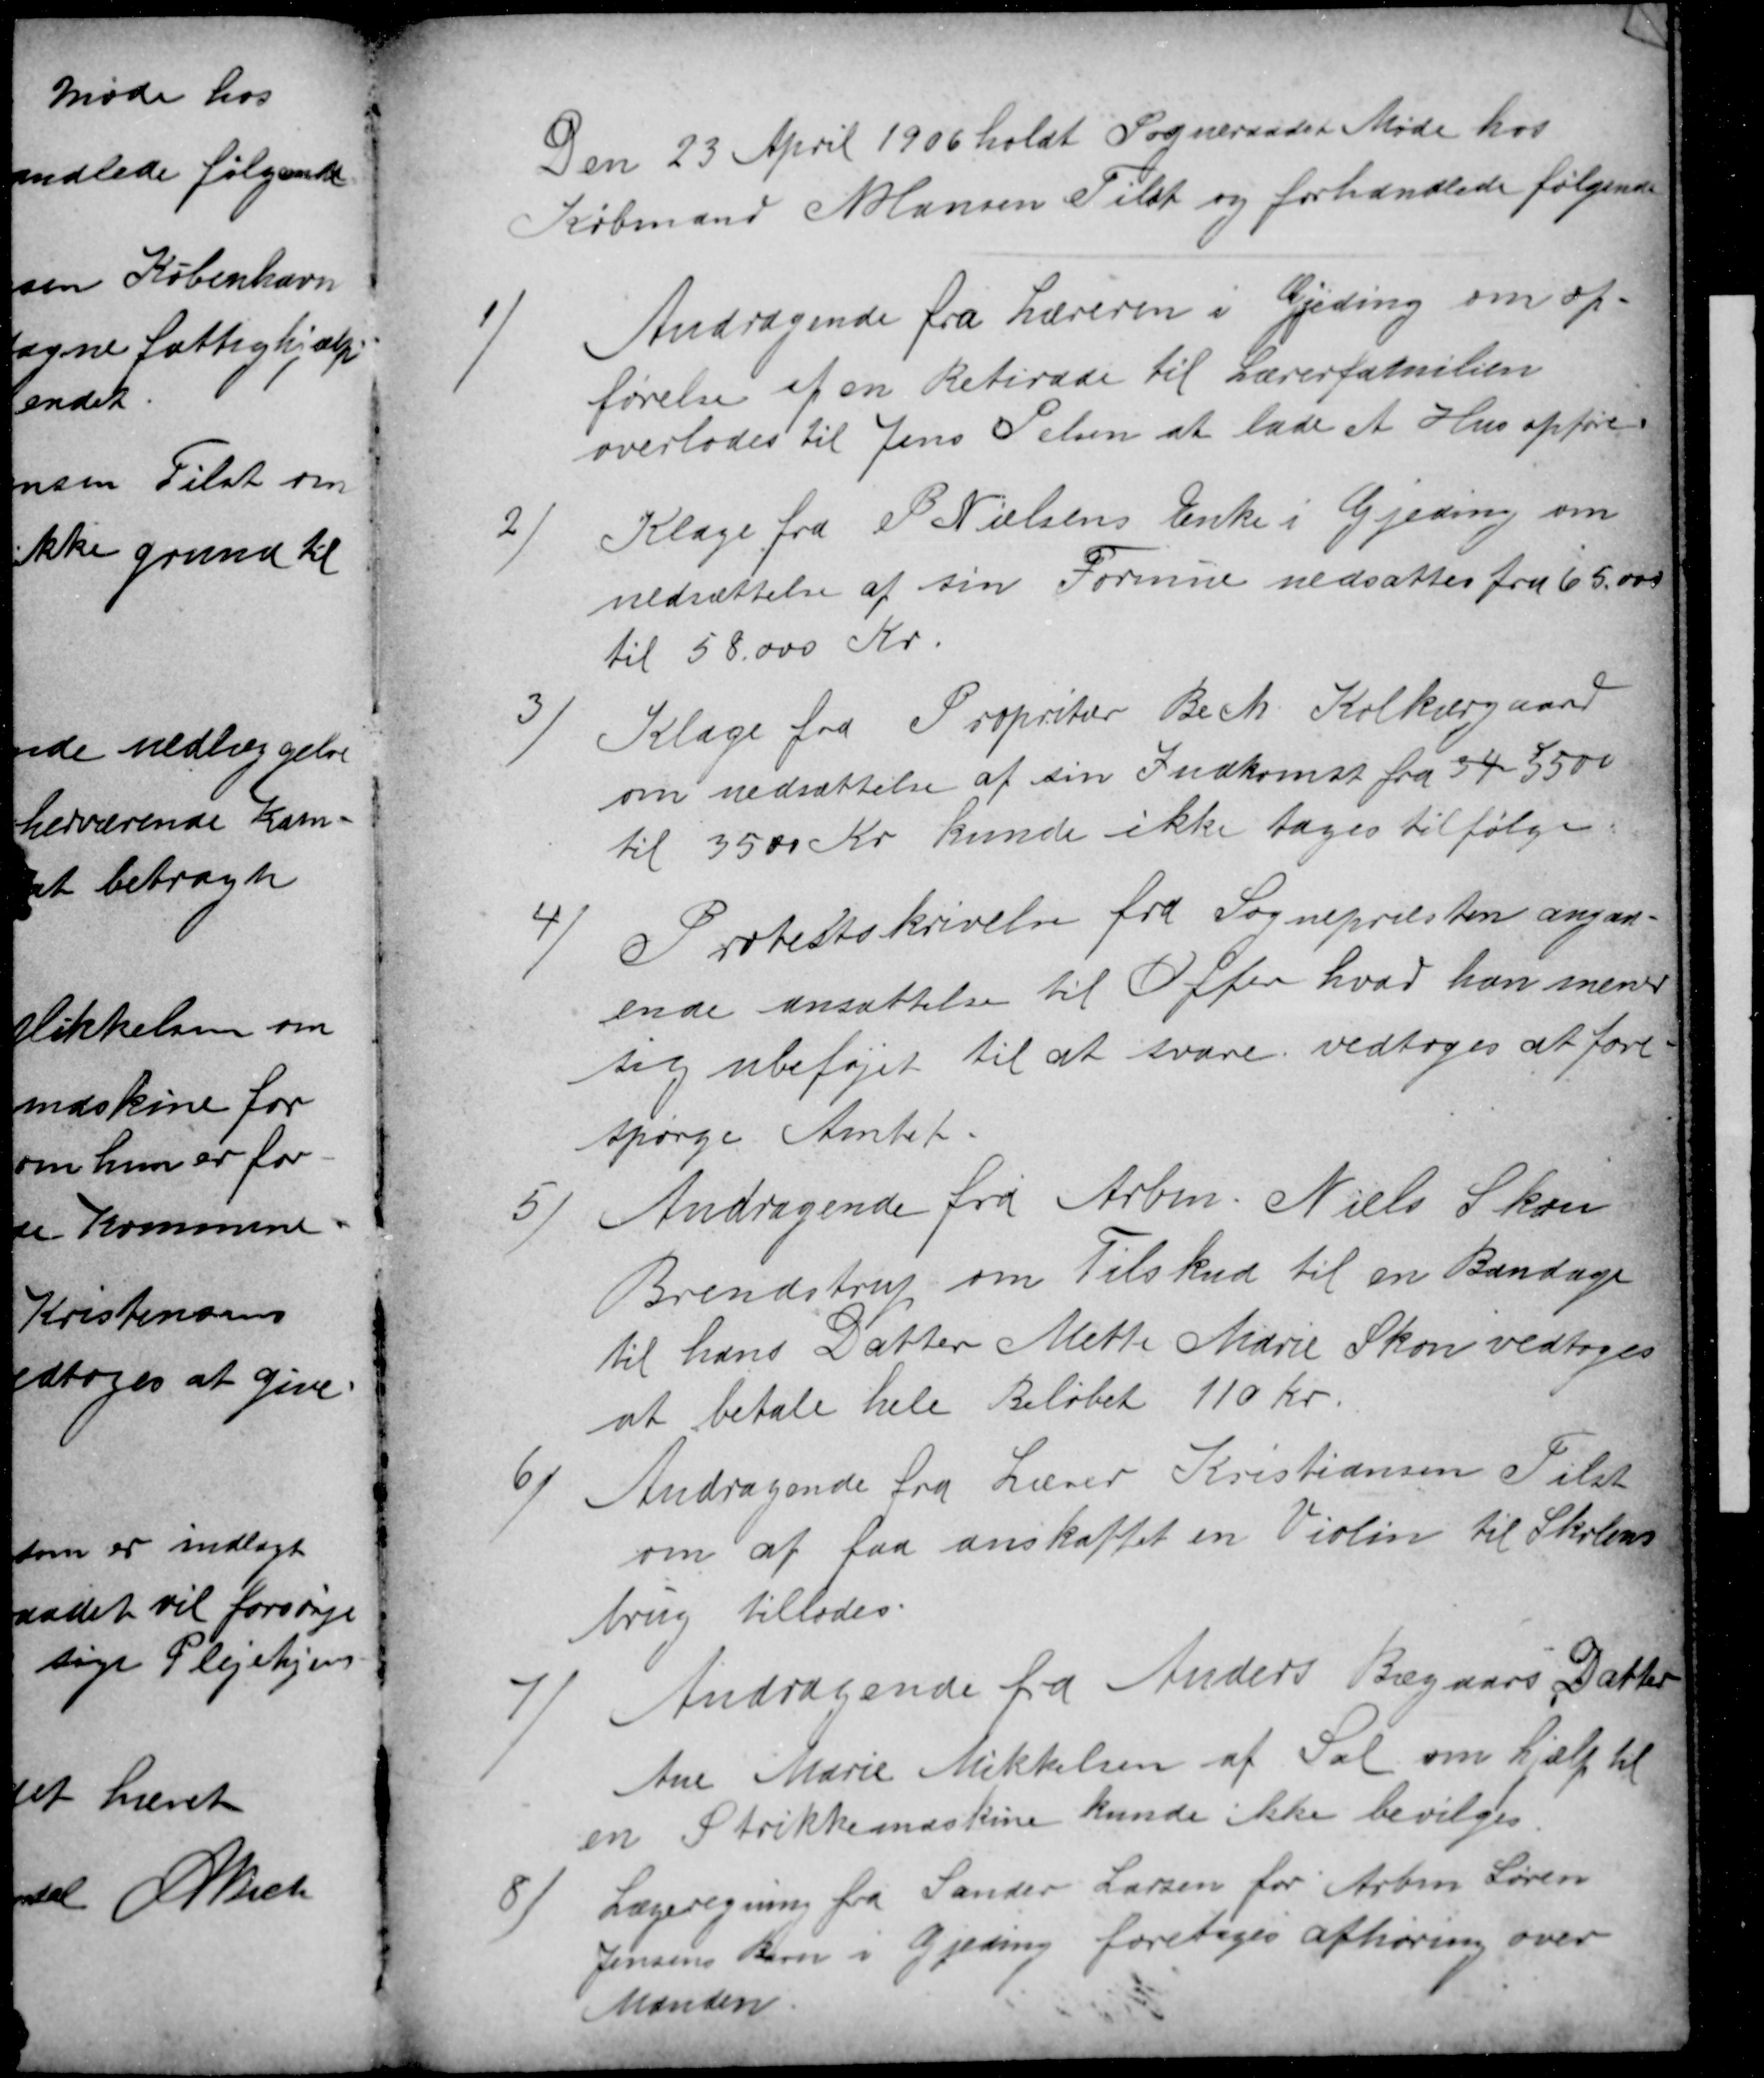
Transskription:
Den 23 April 1906 holdt Sogneraadet Møde hos
Købmand N Hansen Tilst og forhandlede følgende
1)
Andragende fra Læreren i Gjeding om op-
førelse af en Retirade til Lærerfamilien
overlodes til Jens Pelsen at lade et Hus opføre
2)
Klage fra P Nielsens Enke i Gjeding om
nedsættelse af sin Formue nedsattes fra 65.000
til 58.000 Kr
3)
Klage fra Propritær Bech Kolkærgaard
om nedsættelse af sin Indkomst fra 34 5500
til 3500 Kr kunde ikke tages til følge
4)
Protestskrivelse fra Sognepræsten angaa
ende ansættelse til Offer hvad han mener
sig ubeføjet til at svare vedtoges at fore
spørge Amtet.
5
Andragende fra Arbm. Niels Skou
Brendstrup om Tilskud til en Bandage
til hans Datter Mette Marie Skou vedtoges
at betale hele Beløbet 110 Kr.
6
Andragende fra Lærer Kristiansen Tilst
om at faa anskaffet en Violin til Skolens
brug tillodes.
7
Andragende fra Anders Bægaars Datter
Ane Marie Mikkelsen af Sal om hjælp til
en Strikkemaskine kunde ikke bevilges.
8)
Lægeregning fra Sander Larsen for Arbm Søren
Jensens Barn i Gjeding foretages afhøring over
Manden.